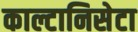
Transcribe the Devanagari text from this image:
काल्टानिसेटा